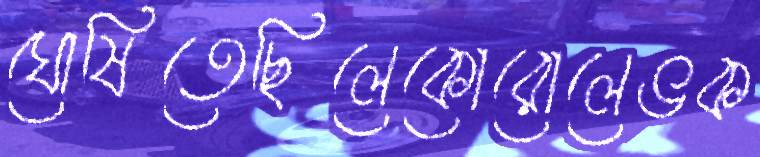
ঘোষিতেছিলেকোরোলেভক